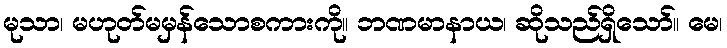
မုသာ၊ မဟုတ်မမှန်သောစကားကို။ ဘဏမာနာယ၊ ဆိုသည်ရှိသော်။ မေ၊